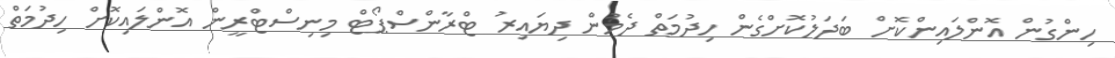
ހިންގުން އޮންލައިންކޮށް ބަދަލުކޮށްގެން ހިދުމަތް ދެމުން ދިޔައިރު ޓްރާންސްޕޯޓް މިނިސްޓްރީން އޮންލައިކޮށް ހިދުމަތް